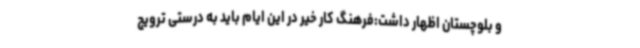
و بلوچستان اظهار داشت:فرهنگ کار خیر در این ایام باید به درستی ترویج